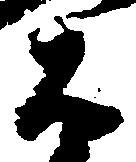
右